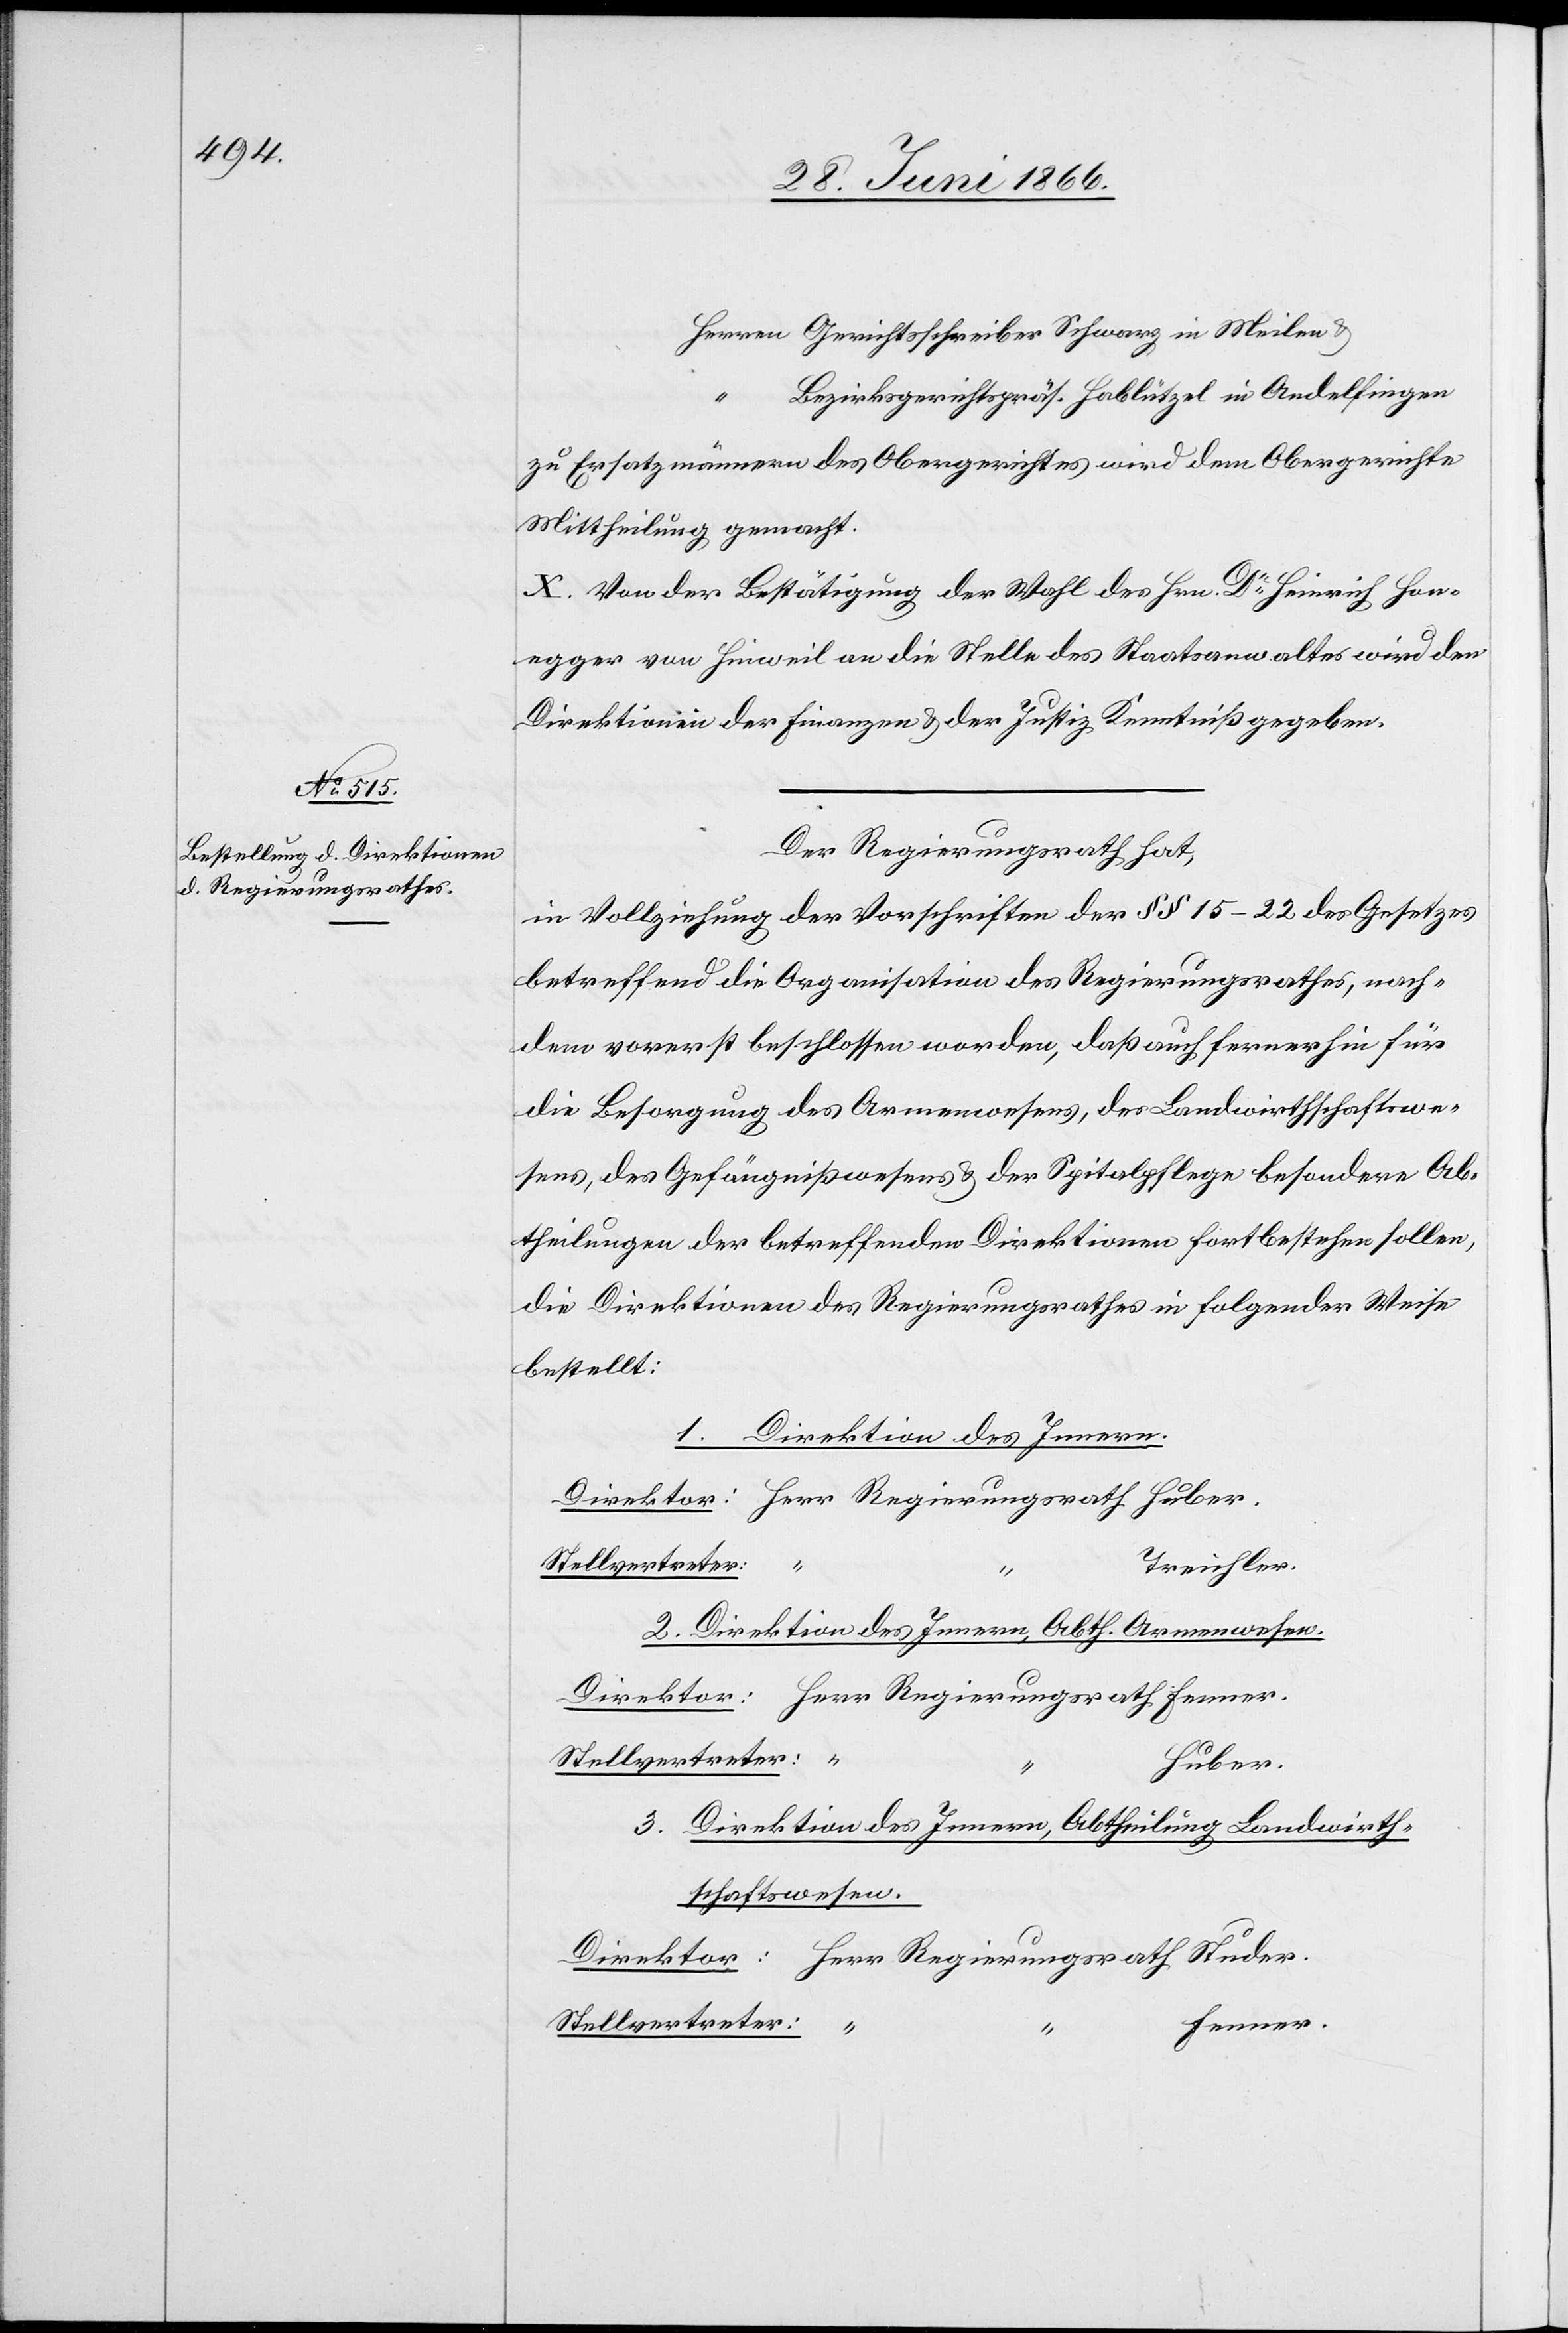
Bezirksgerichtspräs. Hablützel in Andelfingen
zu Ersatzmännern des Obergerichtes wird dem Obergerichte
Mittheilung gemacht.
X. Von der Bestätigung der Wahl des Hrn. Dr. Heinrich Hon¬
egger von Hinweil an die Stelle des Staatsanwaltes wird den
Direktionen der Finanzen u. der Justiz Kenntniß gegeben.
Der Regierungsrath hat,
in Vollziehung der Vorschriften der § § 15–22 des Gesetzes
betreffend die Organisation des Regierungsrathes, nach¬
dem vorerst beschlossen worden, daß auch fernerhin für
die Besorgung des Armenwesens, des Landwirthschaftswe¬
sens, des Gefängniswesens u. der Spitalpflege besondere Ab¬
theilungen der betreffenden Direktionen fortbestehen sollen,
die Direktionen des Regierungsrathes in folgender Weise
bestellt:
1. Direktion des Innern.
“
Treichler
2. Direktion des Innern, Abth. Armenwesen.
Stellvertreter:
Huber.
3. Direktion des Innern, Abtheilung Landwirth¬
schaftswesen.
Stellvertreter:
Fenner.
u.